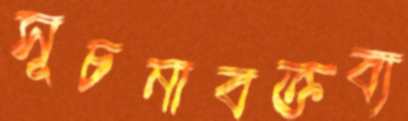
সূচনাবক্তব্য